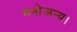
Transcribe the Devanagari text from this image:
मनोजन्य।